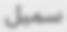
سمیل